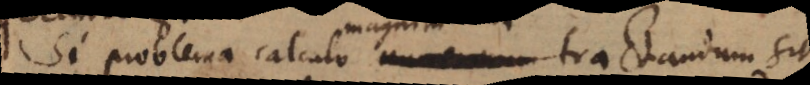
Si problema calculo tractandum sit,